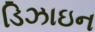
ડિઝાઇન